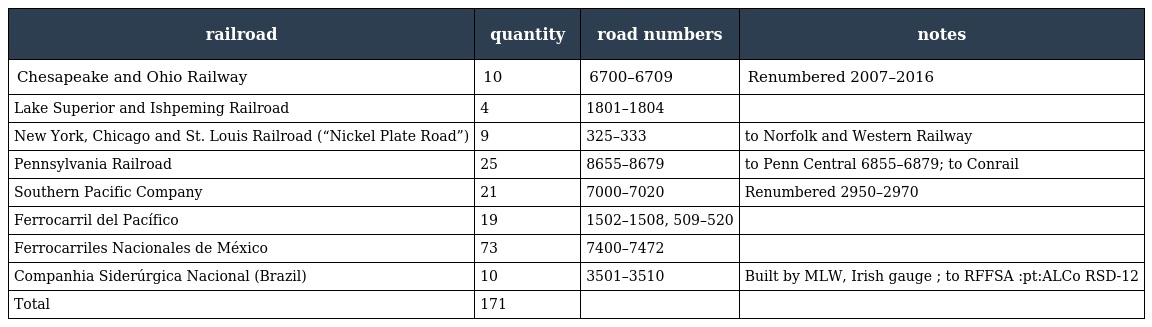
| railroad | quantity | road numbers | notes |
 | --- | --- | --- | --- |
 | Chesapeake and Ohio Railway | 10 | 6700–6709 | Renumbered 2007–2016 |
 | Lake Superior and Ishpeming Railroad | 4 | 1801–1804 |  |
 | New York, Chicago and St. Louis Railroad (“Nickel Plate Road”) | 9 | 325–333 | to Norfolk and Western Railway |
 | Pennsylvania Railroad | 25 | 8655–8679 | to Penn Central 6855–6879; to Conrail |
 | Southern Pacific Company | 21 | 7000–7020 | Renumbered 2950–2970 |
 | Ferrocarril del Pacífico | 19 | 1502–1508, 509–520 |  |
 | Ferrocarriles Nacionales de México | 73 | 7400–7472 |  |
 | Companhia Siderúrgica Nacional (Brazil) | 10 | 3501–3510 | Built by MLW, Irish gauge ; to RFFSA :pt:ALCo RSD-12 |
 | Total | 171 |  |  |